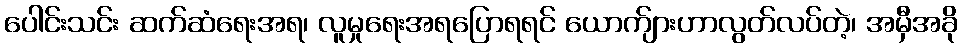
ပေါင်းသင်း ဆက်ဆံရေးအရ၊ လူမှုရေးအရပြောရရင် ယောက်ျားဟာလွတ်လပ်တဲ့၊ အမှီအခို